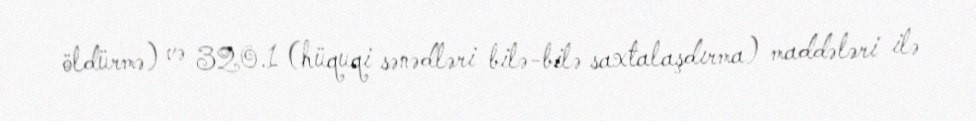
öldürmə) və 320.1 (hüquqi sənədləri bilə-bilə saxtalaşdırma) maddələri ilə